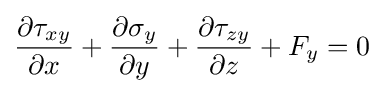
{\frac {\partial \tau _{xy}}{\partial x}}+{\frac {\partial \sigma _{y}}{\partial y}}+{\frac {\partial \tau _{zy}}{\partial z}}+F_{y}=0